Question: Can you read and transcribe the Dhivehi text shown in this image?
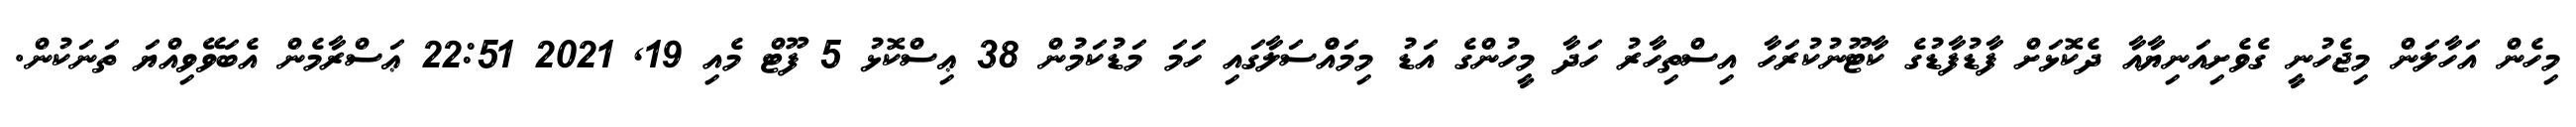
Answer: މިހެން އަހާލަން މިޖެހުނީ ގެވެށިއަނިޔާއާ ދެކޮޅަށް ފާޑުފާޑުގެ ކާޓޫނުކުރަހާ އިސްތިހާރު ހަދާ މީހުންގެ އަޑު މިމައްްސަލާގައި ހަމަ މަޑުކަމުން 38 ޢިސްކޮޅު 5 ފޫޓް މެއި 19, 2021 22:51 ޢަސްރާމެން އެބަވޭވިއްޔަ ތަނަކުން.